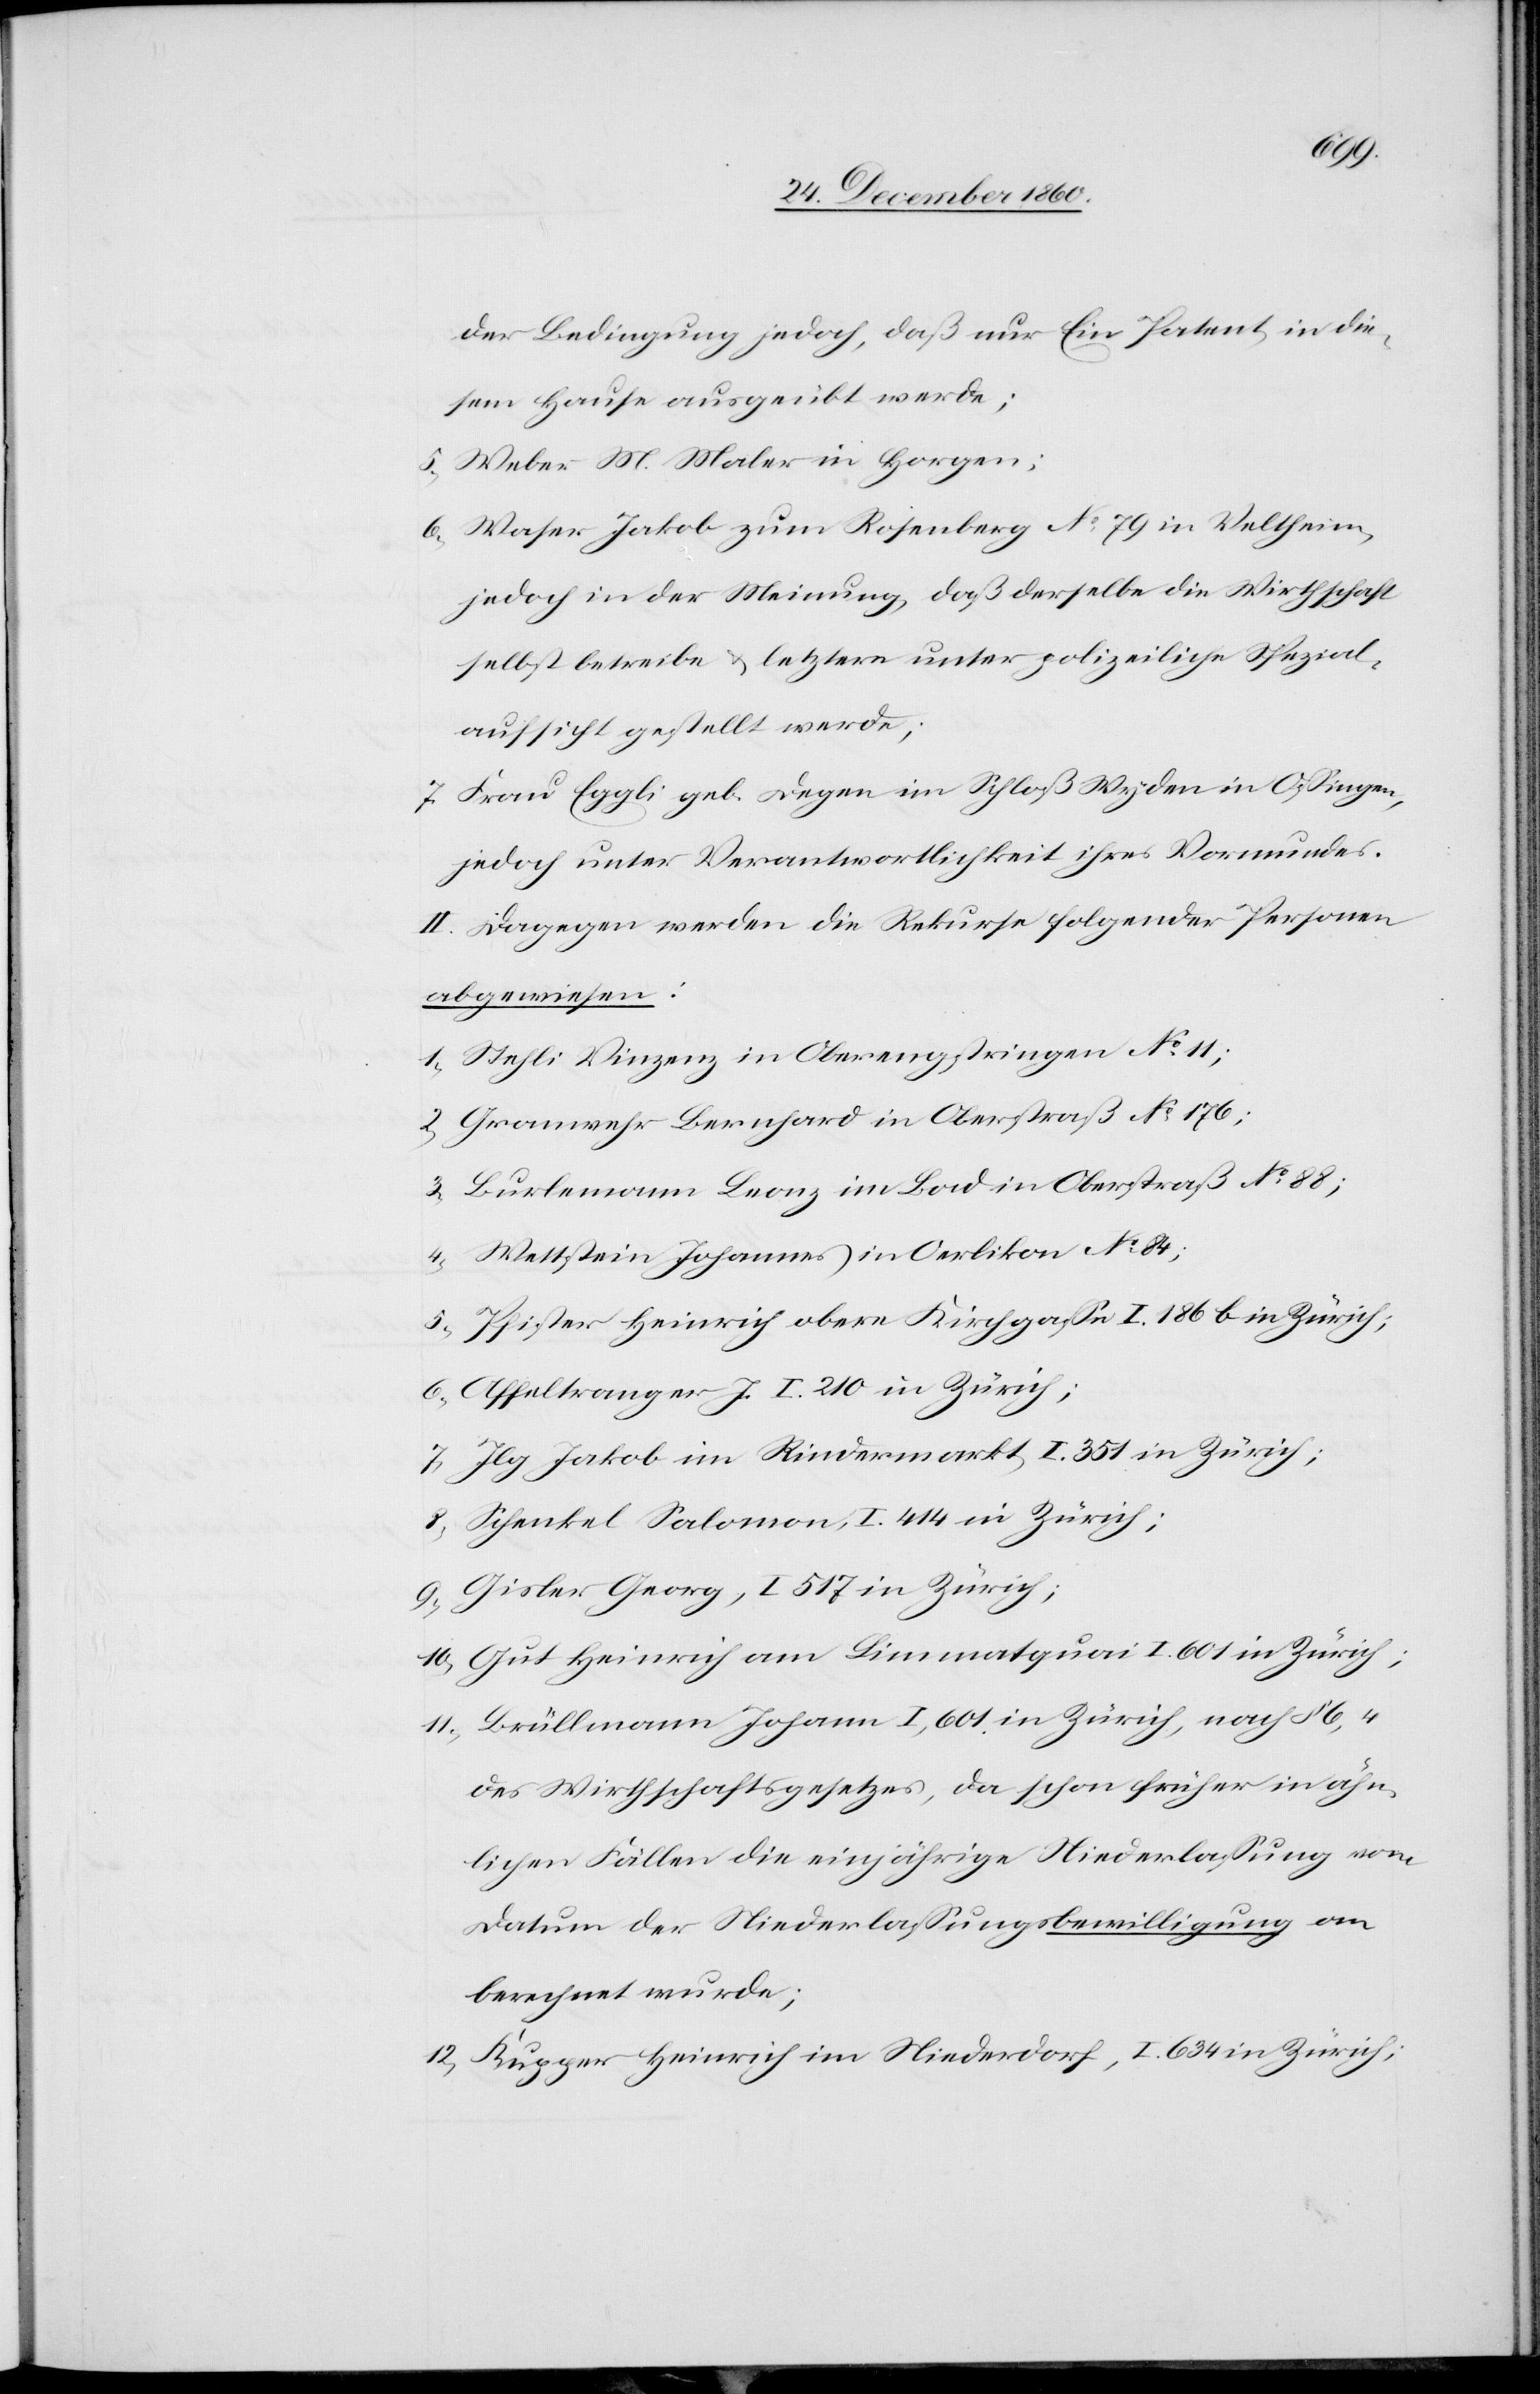
der Bedingung jedoch, daß nur Ein Patent, in die¬
sem Hause ausgeübt werde;
5. Weber M. Maler in Horgen;
6. Waser Jakob zum Rosenberg No 79 in Veltheim,
jedoch in der Meinung, daß derselbe die Wirthschaft
selbst betreibe u. letztere unter polizeiliche Spezial¬
aufsicht gestellt werde;
7. Frau Eggli geb. Degen im Schloß Wyden in Ossingen,
jedoch unter Verantwortlichkeit ihres Vormundes.
II. Dagegen werden die Rekurse folgender Personen
abgewiesen:
1. Stehli Vinzenz in Oberengstringen No 11;
2. Granwehr Bernhard in Oberstraß No 176;
3. Burlemann Leonz im Lad in Oberstraß No 88;
4. Wettstein Johannes in Oerlikon No 84;
5. Pfister Heinrich obere Kirchgasse I. 186 b in Zürich;
6. Affeltranger J. I. 210 in Zürich;
7. Ilg Jakob im Rindermarkt, I. 351 in Zürich;
8. Schenkel Salomon, I. 414 in Zürich;
9. Gisler Georg, I 517 in Zürich;
10. Gut Heinrich am Limmatquai I. 601 in Zürich;
11. Brüllmann Johann I, 601 in Zürich, nach § 6, 4
des Wirthschaftsgesetzes, da schon früher in ähn¬
lichen Fällen die einjährige Niederlassung vom
Datum der Niederlassungsbewilligung an
berechnet wurde;
12. Kupfer Heinrich im Niederdorf, I. 634 in Zürich;